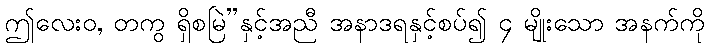
ဤလေးဝ, တကွ ရှိစမြဲ”နှင့်အညီ အနာဒရနှင့်စပ်၍ ၄ မျိုးသော အနက်ကို